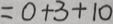
= 0 + 3 + 1 0